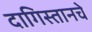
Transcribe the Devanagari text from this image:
दागिस्तानचे